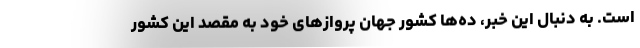
است. به دنبال این خبر، ده‌ها کشور جهان پروازهای خود به مقصد این کشور